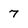
Character: 7